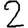
Digit: 2